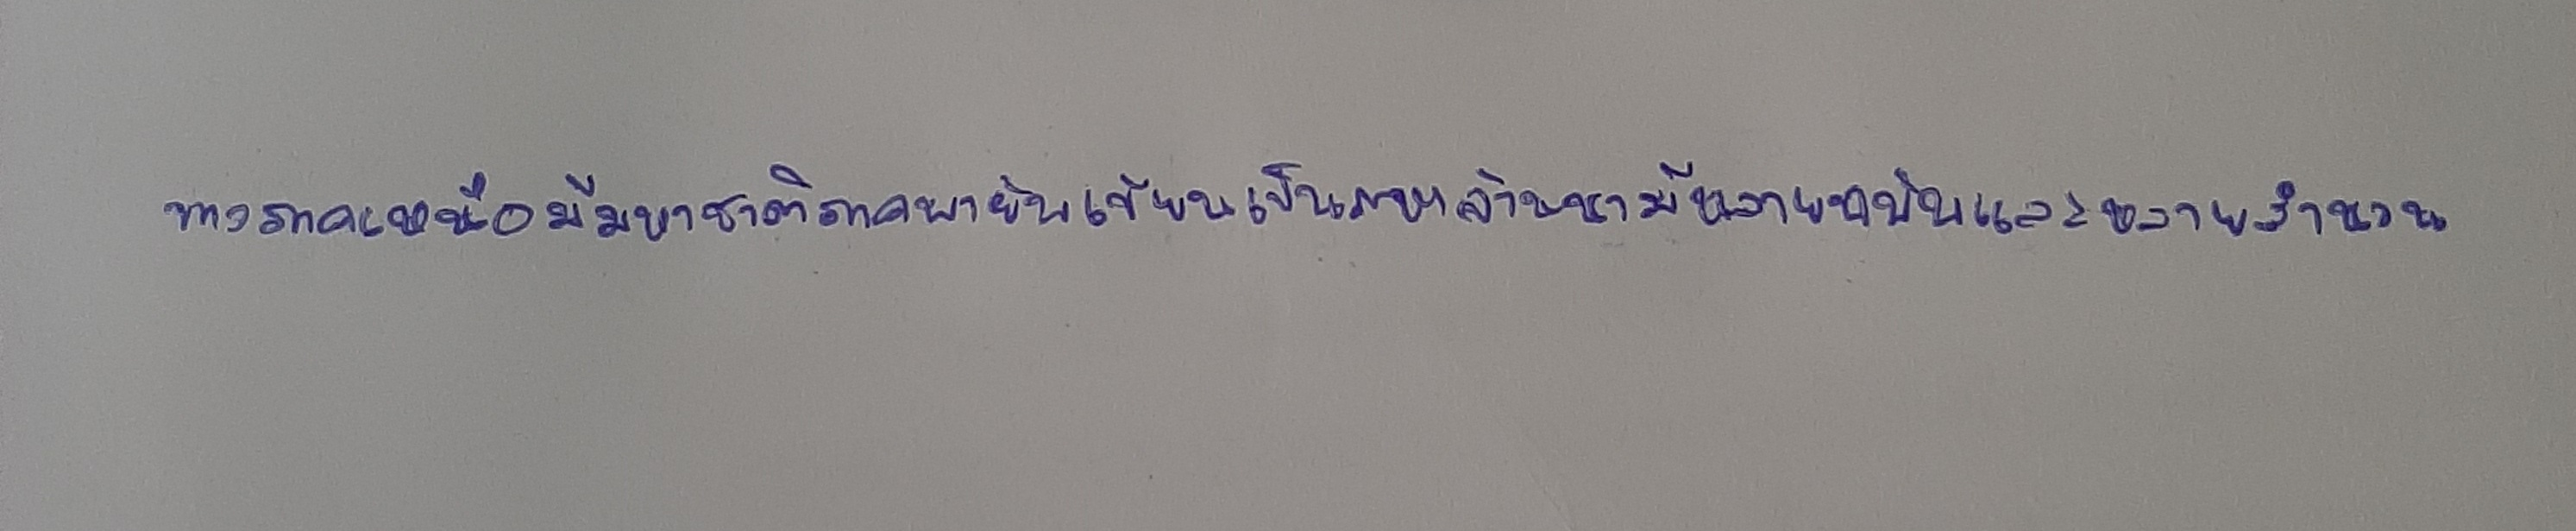
ทางภาคเหนือมีมหาชาติภาคพายัพเขียนเป็นภาษาล้านนามีหลายฉบับและหลายสำนวน